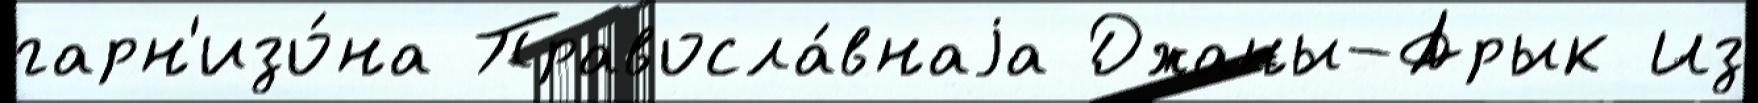
гарн'изо́на Правосла́внаjа Джаны-Арык Из